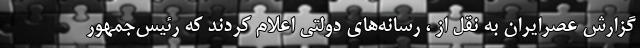
گزارش عصرایران به نقل از ، رسانه‌های دولتی اعلام کردند که رئیس‌جمهور